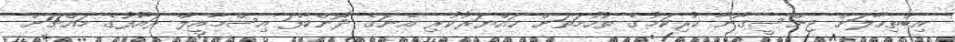
އިބްތިހާލަށް ޖިންސީގޯނާ ކުރިކަމުގެ ތުހުމަތަށް ހައްޔަރުކުރި އޭނަގެ ދޮންކާފަ އިސްމާއީލް ރައޫފުގެ މައްޗަށް